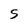
Character: 5